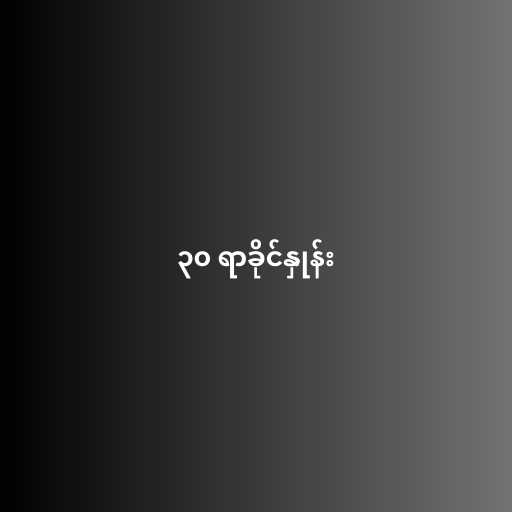
၃၀ ရာခိုင်နှုန်း